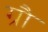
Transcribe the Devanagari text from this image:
ग्रौ